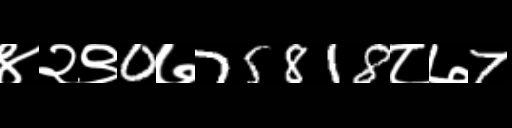
Text: ४२९0७75818८७7